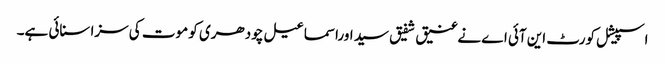
اسپیشل کورٹ این آئی اے نےعنیق شفیق سید اوراسماعیل چودھری کو موت کی سزا سنائی ہے۔